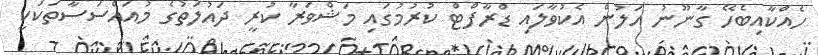
ހެއްކާއިބެހޭ ގާނޫނު އަލުން އެކުވާލައި ޑްރާފްޓް ކުރުމުގައި މަޝްވަރާ ކުރީ ދައުލަތުގެ މުއައްސަސާތަކަކީ